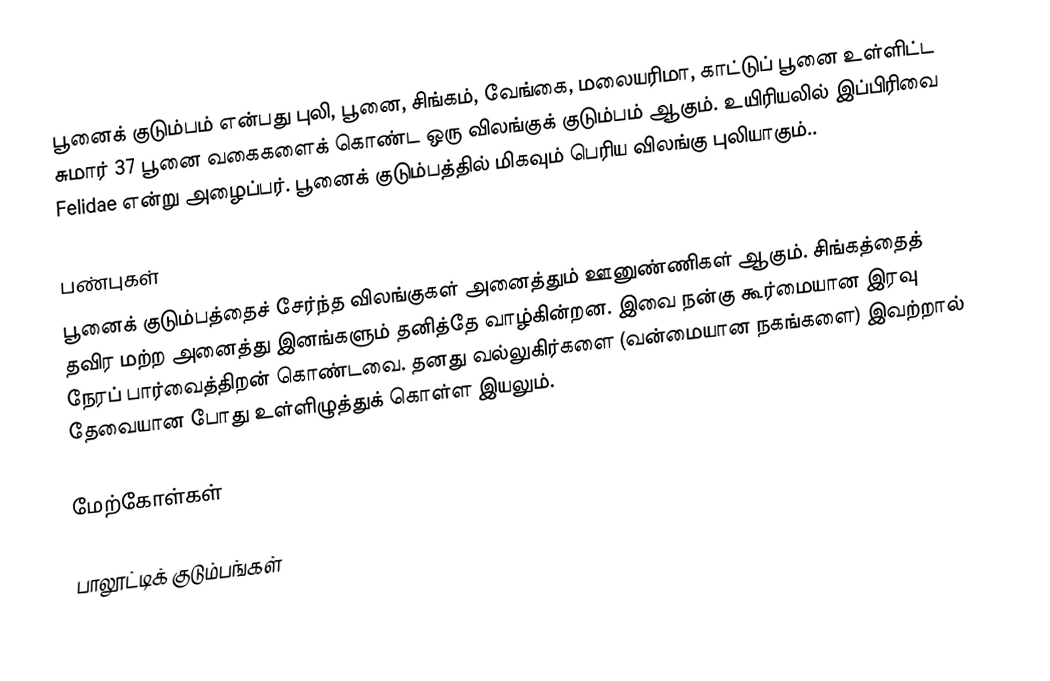
பூனைக் குடும்பம் என்பது புலி, பூனை, சிங்கம், வேங்கை, மலையரிமா, காட்டுப் பூனை உள்ளிட்ட  சுமார் 37 பூனை வகைகளைக் கொண்ட ஒரு விலங்குக் குடும்பம் ஆகும். உயிரியலில் இப்பிரிவை Felidae என்று அழைப்பர். பூனைக் குடும்பத்தில் மிகவும் பெரிய விலங்கு புலியாகும்..

பண்புகள்
பூனைக் குடும்பத்தைச் சேர்ந்த விலங்குகள் அனைத்தும் ஊனுண்ணிகள் ஆகும். சிங்கத்தைத் தவிர மற்ற அனைத்து இனங்களும் தனித்தே வாழ்கின்றன. இவை நன்கு கூர்மையான இரவு நேரப் பார்வைத்திறன் கொண்டவை. தனது வல்லுகிர்களை (வன்மையான நகங்களை) இவற்றால் தேவையான போது உள்ளிழுத்துக் கொள்ள இயலும்.

மேற்கோள்கள்

பாலூட்டிக் குடும்பங்கள்